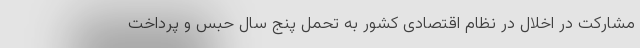
مشارکت در اخلال در نظام اقتصادی کشور به تحمل پنج سال حبس و پرداخت